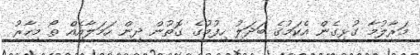
މަރާލުމާ ގުޅިގެން އެކަމުގެ ބަދަލު ހިފުމުގެ ގޮތުން ދިން ހަމަލާއެއް ތޯ މިހާރު